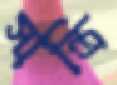
সান্ত্রি